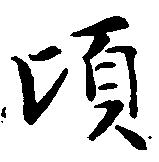
頃